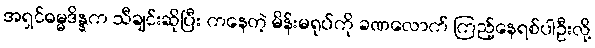
အရှင်ဓမ္မဒိန္နက သီချင်းဆိုပြီး ကနေတဲ့ မိန်းမရုပ်ကို ခဏလောက် ကြည့်နေရစ်ပါဦးလို့